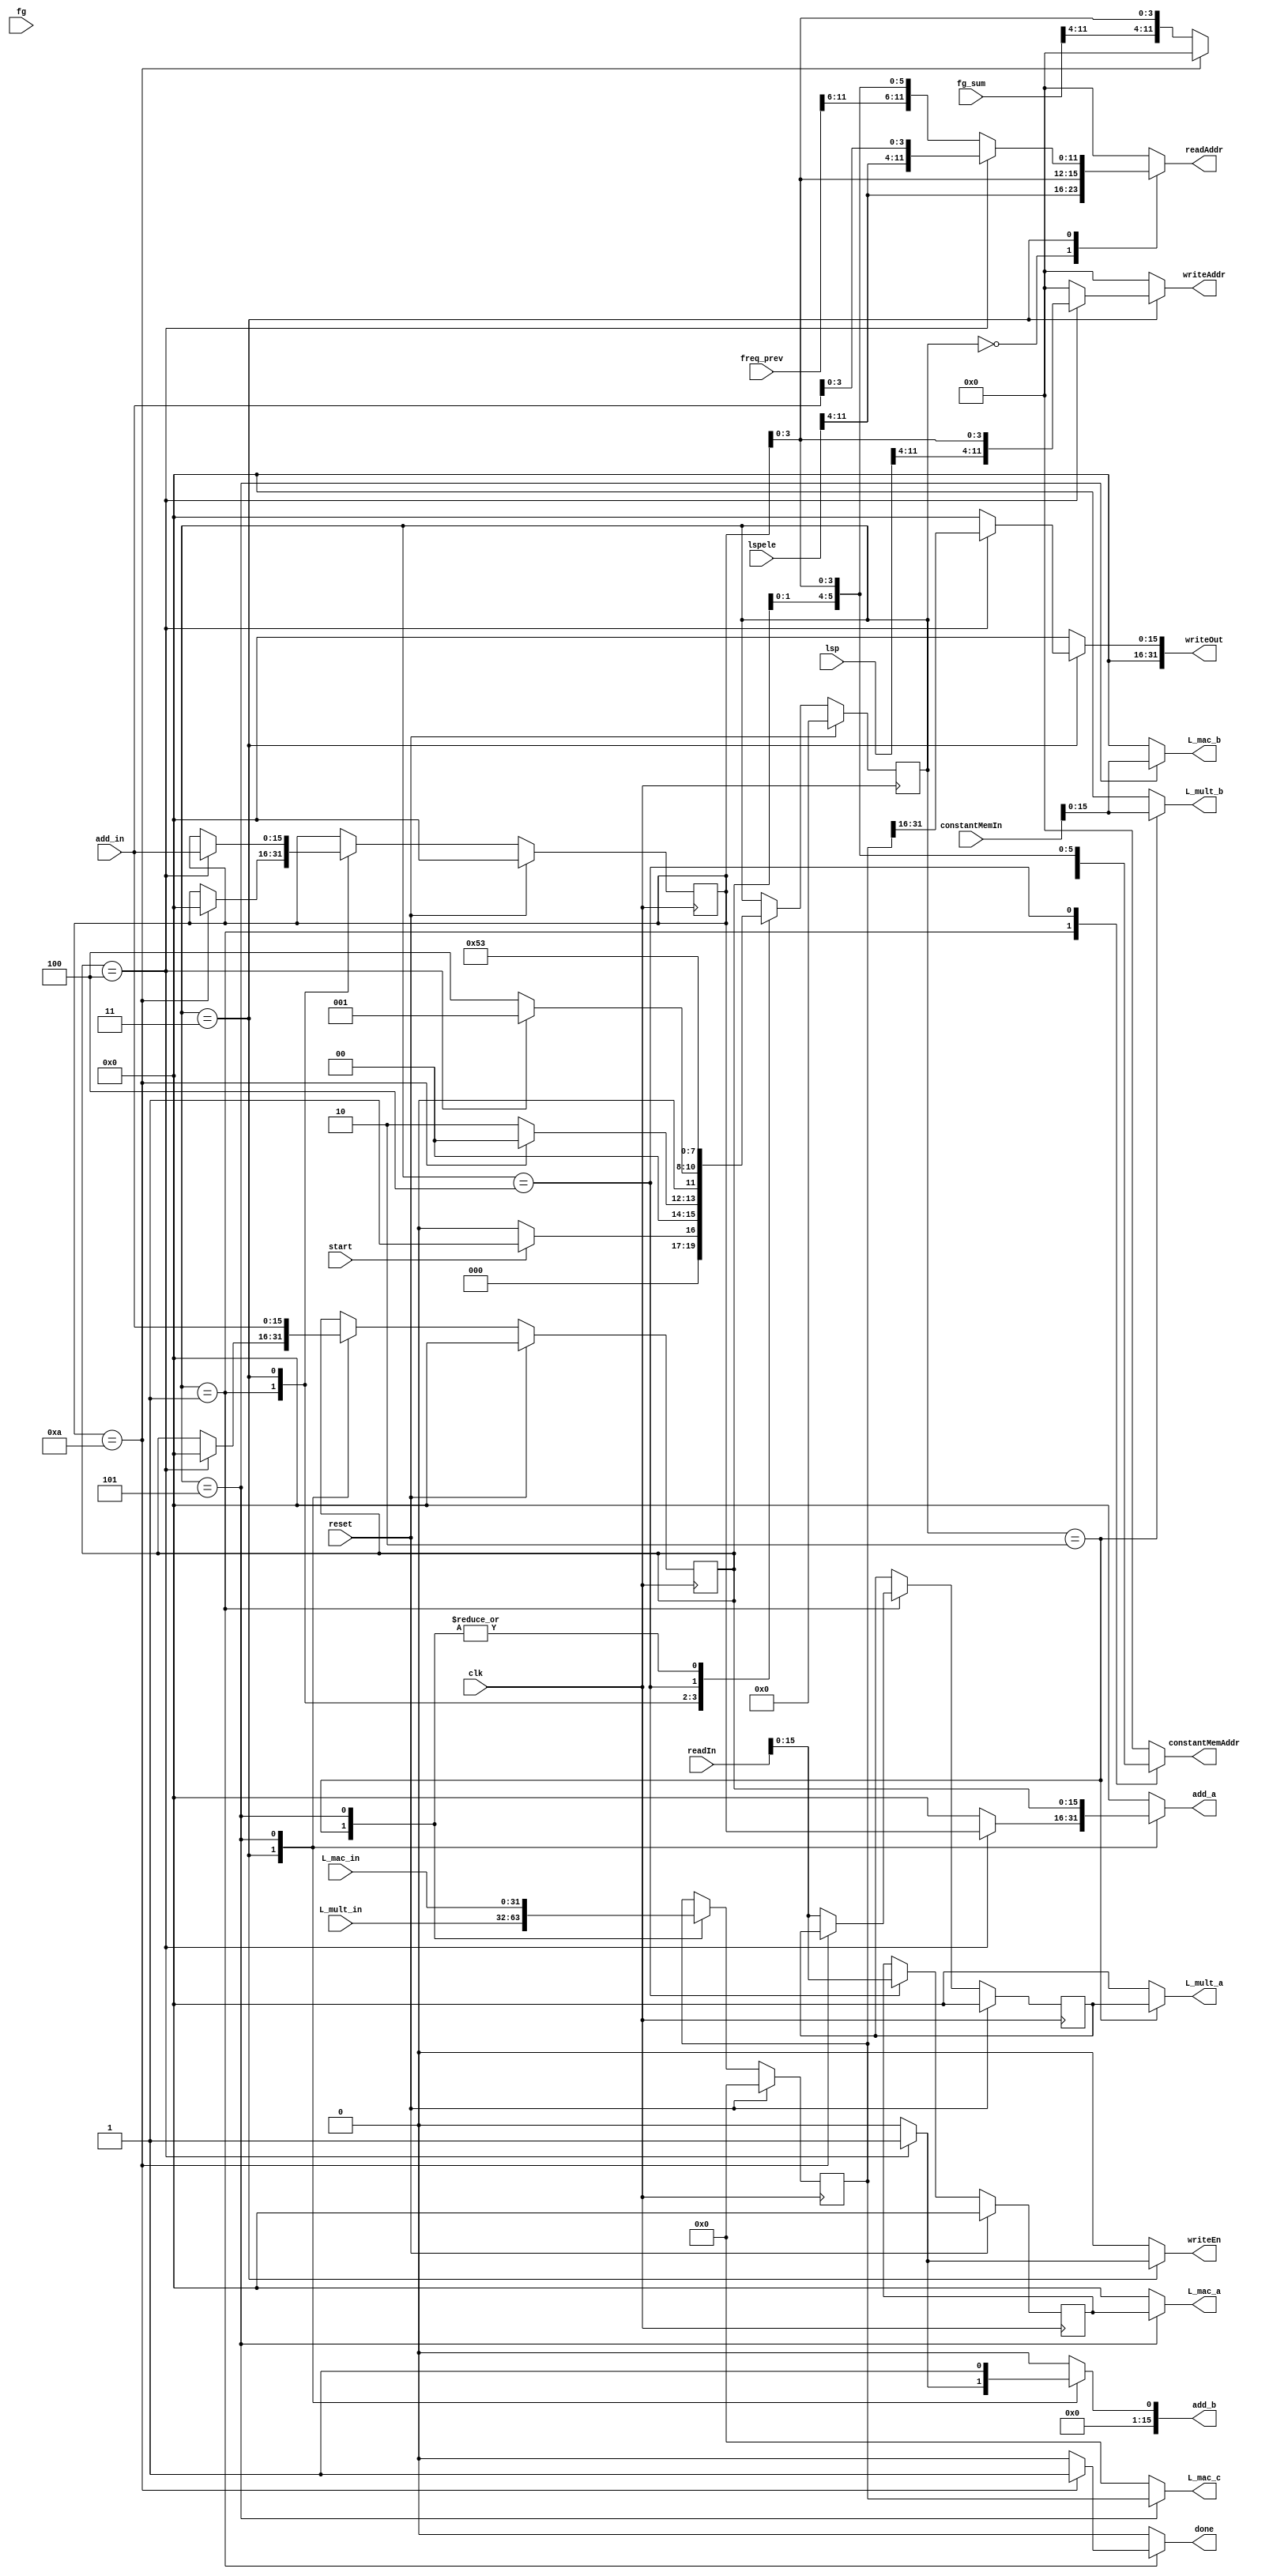
`timescale 1ns / 1ps
//////////////////////////////////////////////////////////////////////////////////
// Company: 
// Engineer: 
// 
// Design Name: 
// Module Name:    Lsp_prev 
// Project Name: 
// Target Devices: 
// Tool versions: 
// Description: 
//
// Dependencies: 
//
// Revision: 
// Revision 0.01 - File Created
// Additional Comments: 
//
//////////////////////////////////////////////////////////////////////////////////
module Lsp_prev_compose(start, clk, done, reset, lspele, fg, fg_sum, freq_prev, lsp, readAddr, readIn, writeAddr, writeOut, writeEn,
						L_mult_in, add_in, L_mult_a, L_mult_b, add_a, add_b, L_mac_a, L_mac_b, L_mac_c, L_mac_in,
						constantMemIn,constantMemAddr);

	input start;
   input clk;
   input reset;
	input [11:0] lspele;
	input [11:0] fg;
	input [11:0] fg_sum;
	input [11:0] freq_prev;
	input [11:0] lsp;
	input [31:0] readIn;
	input [31:0] constantMemIn;
	
	output reg done;
	output reg [11:0] writeAddr;
	output reg [31:0] writeOut;
	output reg writeEn;
	output reg [11:0] readAddr;
	output reg [11:0] constantMemAddr;
	
	input [31:0] L_mult_in, L_mac_in;
	input [15:0] add_in;
	output reg [15:0] L_mult_a, L_mult_b, add_a, add_b, L_mac_a, L_mac_b;
	output reg [31:0] L_mac_c;
	
	
	parameter INIT = 0;
	parameter S1 = 1;
	parameter S2 = 2;
	parameter S3 = 3;
	parameter S4 = 4;
	parameter S5 = 5;
	parameter S6 = 6;
	
	wire [11:0] lspele;
	wire [11:0] fg;
	wire [11:0] fg_sum;
	wire [11:0] freq_prev;
	wire [11:0] lsp;
	reg [15:0] temp_lspele, temp_freq_prev, next_temp_lspele, next_temp_freq_prev;
	reg [31:0] L_acc, next_L_acc;
	reg [3:0] state, nextstate;
	reg [15:0] j, nextj, k, nextk;
	
	
	
	always @(posedge clk)
		begin
			if(reset)
				j <= 0;
			else
				j <= nextj;
		end

	always @(posedge clk)
		begin
			if(reset)
				k <= 0;
			else
				k <= nextk;
		end

	always @(posedge clk)
		begin
			if (reset)
				 state <= INIT;
			else
				 state <= nextstate;
		 end

	always @(posedge clk)
		begin
			if (reset)
				 L_acc <= 0;
			else
				 L_acc <= next_L_acc;
		 end


	always @(posedge clk)
		begin
			if (reset)
				 temp_lspele <= 0;
			else
				 temp_lspele <= next_temp_lspele;
		 end
		 
		 
	always @(posedge clk)
		begin
			if (reset)
				 temp_freq_prev <= 0;
			else
				 temp_freq_prev <= next_temp_freq_prev;
		 end


	always @(*)
		begin
			nextstate = state;
			nextj = j;
			nextk = k;
			next_L_acc = L_acc;
			next_temp_lspele = temp_lspele;
			next_temp_freq_prev = temp_freq_prev;
			writeAddr = 0;
			writeOut = 0;
			writeEn = 0;
			readAddr = 0;
			done = 0;
			L_mult_a = 0;
			L_mult_b = 0;
			add_a = 0;
			add_b = 0;
			L_mac_a = 0;
			L_mac_b = 0;
			L_mac_c = 0;
			constantMemAddr = 0;
	
			case(state)
				INIT:
					begin
						readAddr = {lspele[11:4], j[3:0]};
						
						if(start)
							nextstate = S1;
						else if(start == 0)
							nextstate = INIT;
							
					end
			
				S1:	//start of j loop
					begin
						if(j == 10)
							begin
								nextj = 0;
								done = 1;
								nextstate = INIT;
							end
							
						else
							begin
								next_temp_lspele = readIn[15:0];
								constantMemAddr = {fg_sum[11:4], j[3:0]};
								nextstate = S2;
							end
					end
			
				S2:   //L_acc = lsp_ele[j] * fg_sum[j]
					begin
						L_mult_a = temp_lspele;
						L_mult_b = constantMemIn;
						next_L_acc = L_mult_in;
						nextstate = S3;
					end
			
				S3:   //start of k loop
					begin
						if(k == 4)
						begin
							readAddr = {lspele[11:4], add_in[3:0]};
							writeAddr = {lsp[11:4], j[3:0]};
							writeOut  = L_acc[31:16];
							writeEn = 1;
							add_a = j;
							add_b = 1'd1;
							nextj = add_in;
							nextk = 0;
							nextstate = S1;
						end
						
						else
							begin
								readAddr = {freq_prev[11:6],k[1:0],j[3:0]};
								nextstate = S4;					
							end
					end
				
				S4:
					begin
						next_temp_freq_prev = readIn[15:0];
						constantMemAddr = {fg[11:6],k[1:0],j[3:0]};
						nextstate = S5;
					end
				
				S5:   //L_acc = L_acc * freq_prev + fg;
					begin
						L_mac_c = L_acc;
						L_mac_a = temp_freq_prev;
						L_mac_b = constantMemIn[15:0];
						next_L_acc = L_mac_in;
						add_a = k;
						add_b = 1'd1;
						nextk = add_in;
						nextstate = S3;
					end
					
				endcase

		end

endmodule